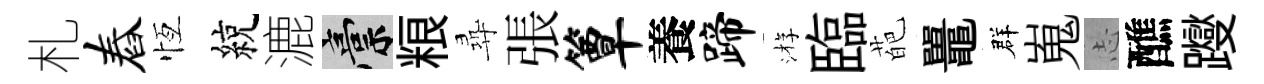
札舂恆綂漉稿粮尋張簟養蹄㳺臨葩鼉群嵬𢖽醮躞